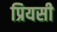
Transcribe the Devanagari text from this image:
प्रियसी